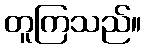
တူကြသည်။